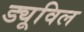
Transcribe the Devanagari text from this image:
ड्यूविल